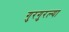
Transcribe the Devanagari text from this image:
गुरगुरल्या